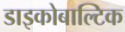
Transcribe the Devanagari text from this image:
डाइकोबाल्टिक